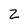
Character: 2